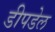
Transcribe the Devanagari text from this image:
डीपडेल